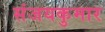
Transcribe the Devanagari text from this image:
संजयकुमार